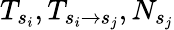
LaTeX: T_{s_{i}},T_{s_{i}\rightarrow s_{j}},N_{s_{j}}